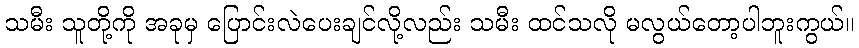
သမီး သူတို့ကို အခုမှ ပြောင်းလဲပေးချင်လို့လည်း သမီး ထင်သလို မလွယ်တော့ပါဘူးကွယ်။